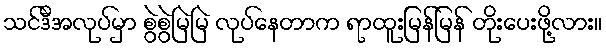
သင်ဒီအလုပ်မှာ စွဲစွဲမြဲမြဲ လုပ်နေတာက ရာထူးမြန်မြန် တိုးပေးဖို့လား။